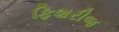
ફિશરીજ